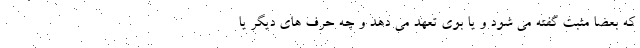
که بعضا مثبت گفته می شود و یا بوی تعهد می دهد و چه حرف های دیگر یا